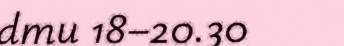
dmu 18–20.30